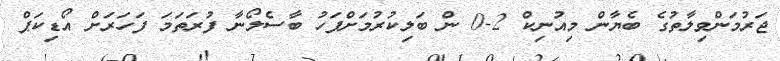
ޖަރުމަންވިލާތުގެ ބެޔާން މިއުނިކް 2-0 ން ބަލިކުރުމަށްފަހު ބާސެލޯނާ ފުރަތަމަ ފަހަރަށް އޯޑިކަޕް